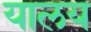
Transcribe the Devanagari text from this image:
यालय